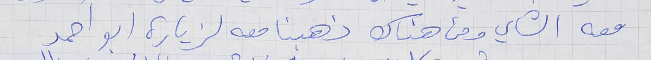
معه الشاي ومن هناك ذهبنا معه لزيارة ابو احمد